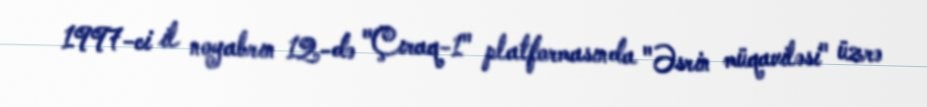
1997-ci il noyabrın 12-də "Çıraq-1" platformasında "Əsrin müqaviləsi" üzrə